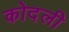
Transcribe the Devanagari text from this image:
कोदली